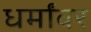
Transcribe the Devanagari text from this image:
धर्मांवर